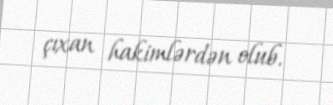
çıxan hakimlərdən olub.